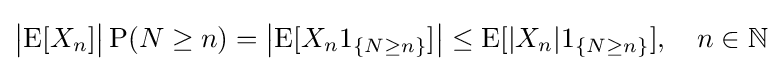
{\bigl |}\!\operatorname {E} [X_{n}]{\bigr |}\operatorname {P} (N\geq n)={\bigl |}\!\operatorname {E} [X_{n}1_{\{N\geq n\}}]{\bigr |}\leq \operatorname {E} [|X_{n}|1_{\{N\geq n\}}],\quad n\in {\mathbb {N} }